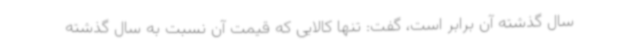
سال گذشته آن برابر است، گفت: تنها کالایی که قیمت آن نسبت به سال گذشته